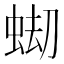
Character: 𧋤